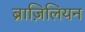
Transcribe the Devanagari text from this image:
ब्राज़िलियन